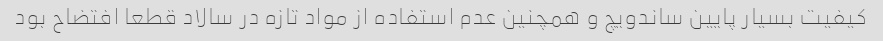
کیفیت بسیار پایین ساندویچ و همچنین عدم استفاده از مواد تازه در سالاد قطعا افتضاح بود